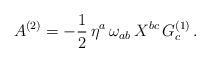
LaTeX: \begin{align*}A^{(2)}=-{1\over2}\,\eta^a\,\omega_{ab}\,X^{bc}\,G_c^{(1)}\,.\end{align*}